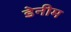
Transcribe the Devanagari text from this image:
डेनीम